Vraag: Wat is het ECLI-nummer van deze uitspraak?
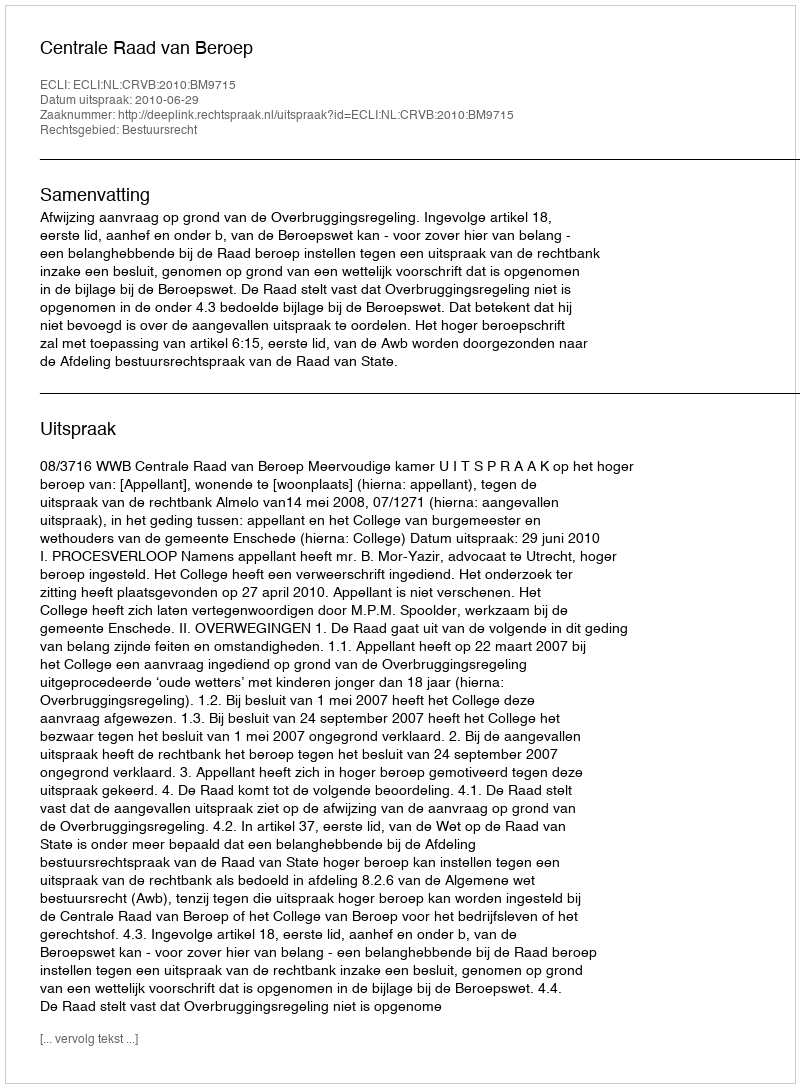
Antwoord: ECLI:NL:CRVB:2010:BM9715